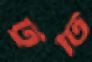
টুটি